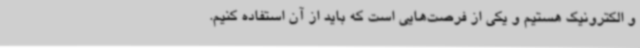
و الکترونیک هستیم و یکی از فرصت‌هایی است که باید از آن استفاده کنیم.